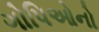
ગોપિઓનો